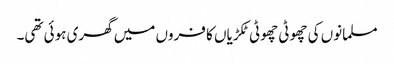
مسلمانوں کی چھوٹی چھوٹی ٹکڑیاں کا فروں میں گھری ہوئی تھی۔